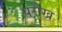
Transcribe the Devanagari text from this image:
परौंख